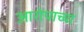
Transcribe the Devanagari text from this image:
आरोपाच्या